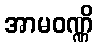
အာမဝဏ္ဏိ